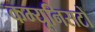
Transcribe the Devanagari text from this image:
कम्यूनिसटों